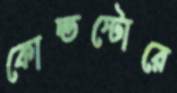
কোল্ডস্টোরে